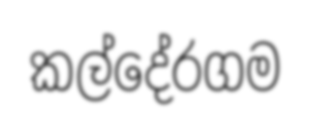
කල්දේරගම